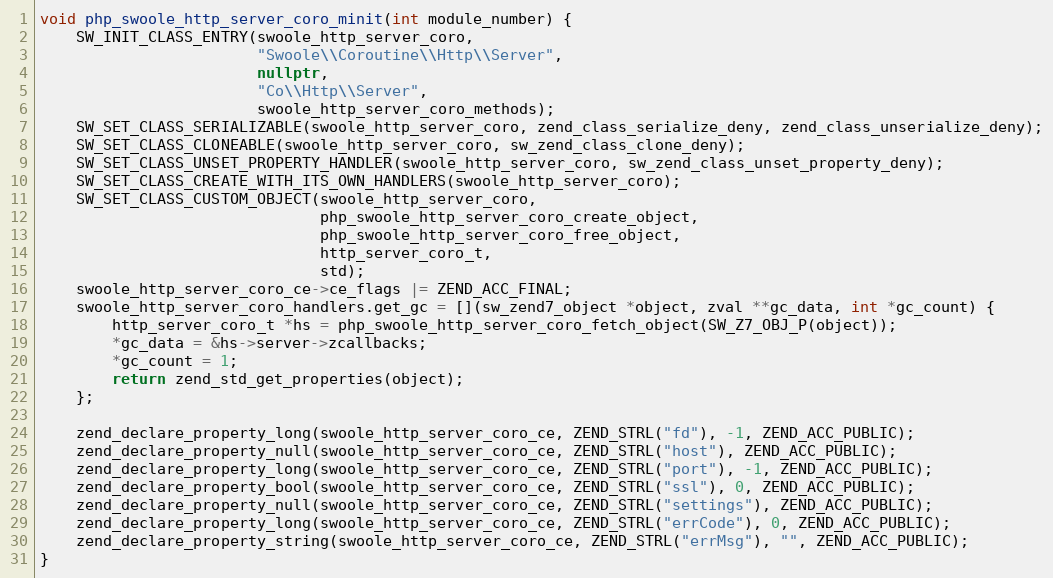
Language: C++
void php_swoole_http_server_coro_minit(int module_number) {
    SW_INIT_CLASS_ENTRY(swoole_http_server_coro,
                        "Swoole\\Coroutine\\Http\\Server",
                        nullptr,
                        "Co\\Http\\Server",
                        swoole_http_server_coro_methods);
    SW_SET_CLASS_SERIALIZABLE(swoole_http_server_coro, zend_class_serialize_deny, zend_class_unserialize_deny);
    SW_SET_CLASS_CLONEABLE(swoole_http_server_coro, sw_zend_class_clone_deny);
    SW_SET_CLASS_UNSET_PROPERTY_HANDLER(swoole_http_server_coro, sw_zend_class_unset_property_deny);
    SW_SET_CLASS_CREATE_WITH_ITS_OWN_HANDLERS(swoole_http_server_coro);
    SW_SET_CLASS_CUSTOM_OBJECT(swoole_http_server_coro,
                               php_swoole_http_server_coro_create_object,
                               php_swoole_http_server_coro_free_object,
                               http_server_coro_t,
                               std);
    swoole_http_server_coro_ce->ce_flags |= ZEND_ACC_FINAL;
    swoole_http_server_coro_handlers.get_gc = [](sw_zend7_object *object, zval **gc_data, int *gc_count) {
        http_server_coro_t *hs = php_swoole_http_server_coro_fetch_object(SW_Z7_OBJ_P(object));
        *gc_data = &hs->server->zcallbacks;
        *gc_count = 1;
        return zend_std_get_properties(object);
    };

    zend_declare_property_long(swoole_http_server_coro_ce, ZEND_STRL("fd"), -1, ZEND_ACC_PUBLIC);
    zend_declare_property_null(swoole_http_server_coro_ce, ZEND_STRL("host"), ZEND_ACC_PUBLIC);
    zend_declare_property_long(swoole_http_server_coro_ce, ZEND_STRL("port"), -1, ZEND_ACC_PUBLIC);
    zend_declare_property_bool(swoole_http_server_coro_ce, ZEND_STRL("ssl"), 0, ZEND_ACC_PUBLIC);
    zend_declare_property_null(swoole_http_server_coro_ce, ZEND_STRL("settings"), ZEND_ACC_PUBLIC);
    zend_declare_property_long(swoole_http_server_coro_ce, ZEND_STRL("errCode"), 0, ZEND_ACC_PUBLIC);
    zend_declare_property_string(swoole_http_server_coro_ce, ZEND_STRL("errMsg"), "", ZEND_ACC_PUBLIC);
}